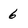
Character: 6